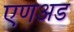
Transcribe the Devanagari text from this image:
एणअड